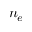
n _ { e }